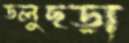
ডলুছড়া